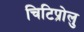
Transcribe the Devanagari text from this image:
चिटिप्रोलु